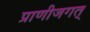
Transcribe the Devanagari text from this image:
प्राणीजगत्